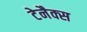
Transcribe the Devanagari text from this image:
टेनैक्स